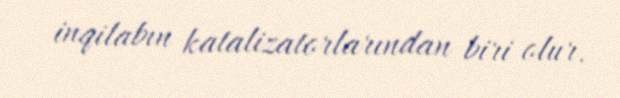
inqilabın katalizatorlarından biri olur.